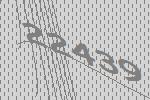
22439